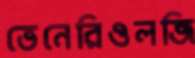
ভেনেরিওলজি